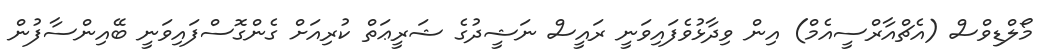
މޯލްޑިވްސް (އެޗްއާރްސީއެމް) އިން ވިދާޅުވެފައިވަނީ ރައީސް ނަޝީދުގެ ޝަރީޢަތް ކުރިއަށް ގެންގޮސްފައިވަނީ ބޭއިންސާފުން